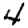
Digit: 4